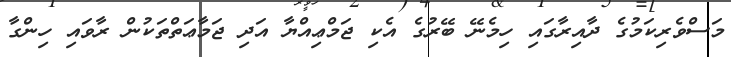
މަސްވެރިކަމުގެ ދާއިރާގައި ހިމެނޭ ބޭރުގެ އެކި ޖަމްޢިއްޔާ އަދި ޖަމާޢަތްތަކުން ރާވައި ހިންގާ